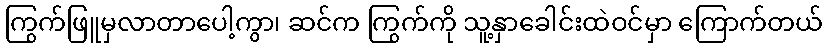
ကြွက်ဖြူမှလာတာပေါ့ကွာ၊ ဆင်က ကြွက်ကို သူ့နှာခေါင်းထဲဝင်မှာ ကြောက်တယ်